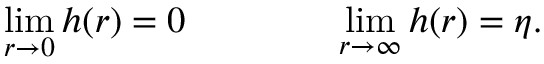
\operatorname * { l i m } _ { r \rightarrow 0 } h ( r ) = 0 \qquad \qquad \operatorname * { l i m } _ { r \rightarrow \infty } h ( r ) = \eta .